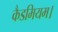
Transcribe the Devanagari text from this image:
कैडमियम।